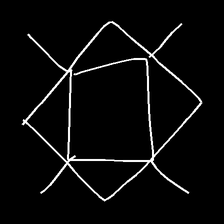
Glyph: light